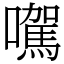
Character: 𡃉